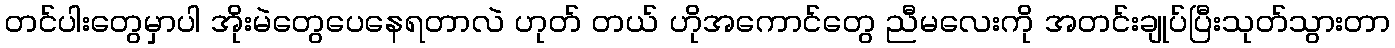
တင်ပါးတွေမှာပါ အိုးမဲတွေပေနေရတာလဲ ဟုတ် တယ် ဟိုအကောင်တွေ ညီမလေးကို အတင်းချုပ်ပြီးသုတ်သွားတာ